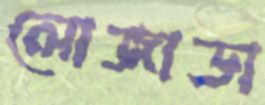
লোজাডা